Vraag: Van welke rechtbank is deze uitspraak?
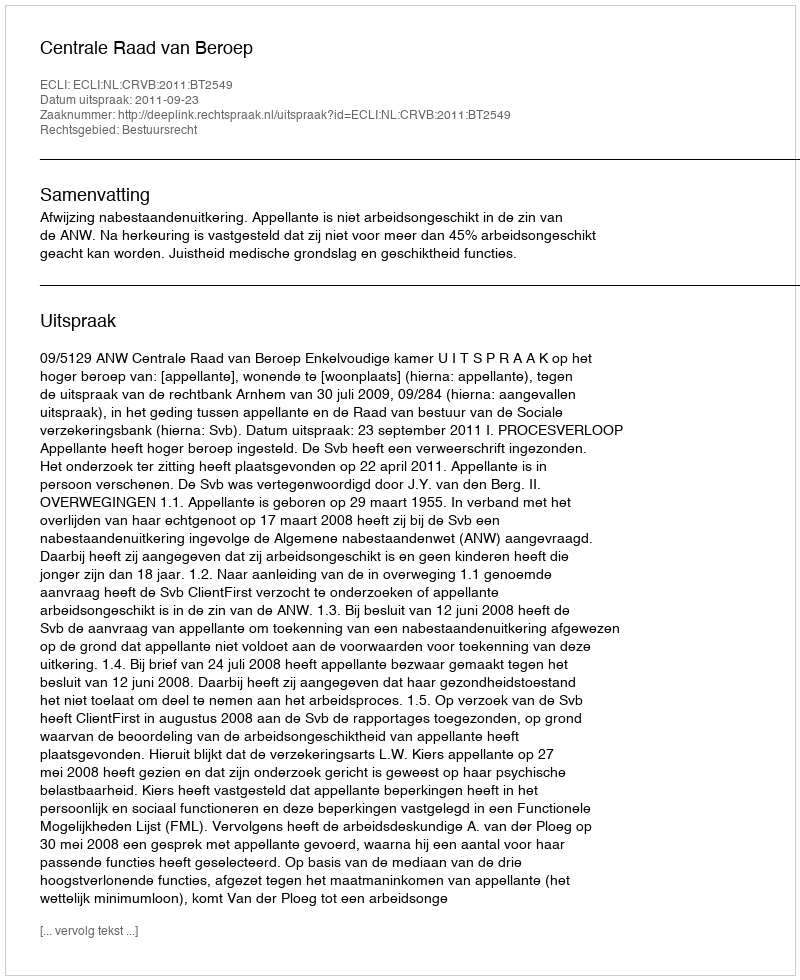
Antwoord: Centrale Raad van Beroep